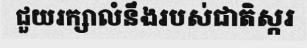
ជួយរក្សាលំនឹងរបស់ជាតិស្ករ